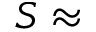
S \approx